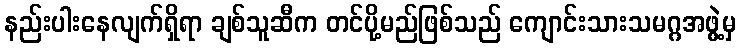
နည်းပါးနေလျက်ရှိရာ ချစ်သူဆီက တင်ပို့မည်ဖြစ်သည် ကျောင်းသားသမဂ္ဂအဖွဲ့မှ